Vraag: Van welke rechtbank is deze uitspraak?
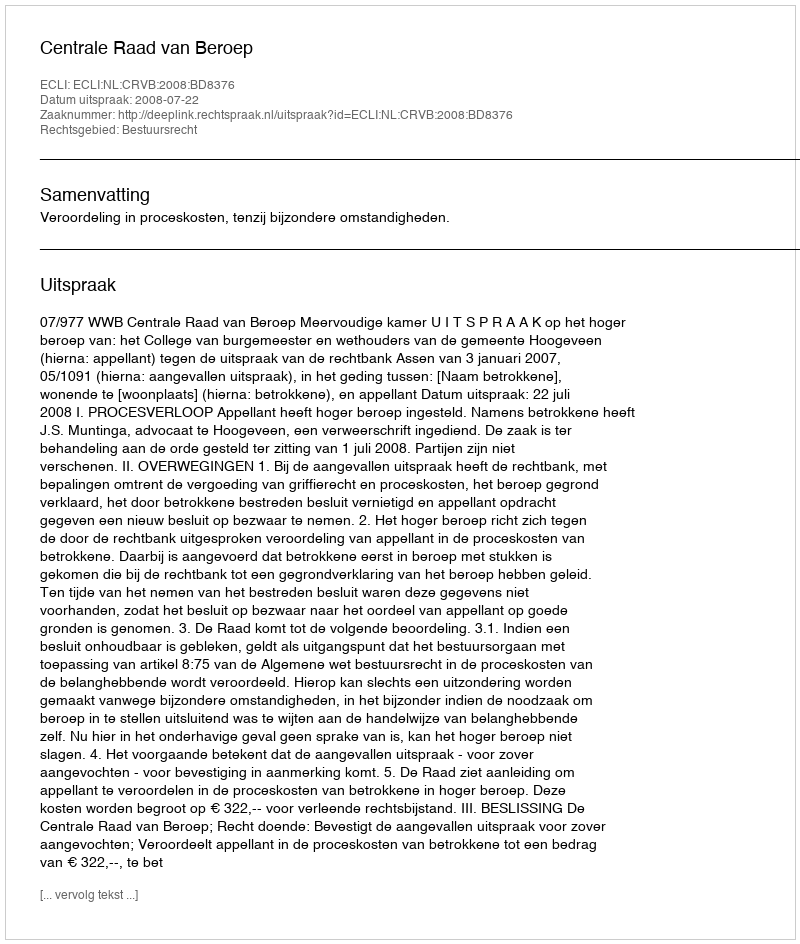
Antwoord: Centrale Raad van Beroep